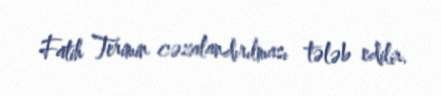
Fatih Terimin cəzalandırılması tələb edilir.